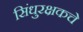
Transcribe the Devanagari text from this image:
सिंधुरक्षकचे